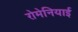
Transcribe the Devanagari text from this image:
रोमेनियाई